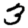
Digit: 3